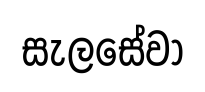
සැලසේවා